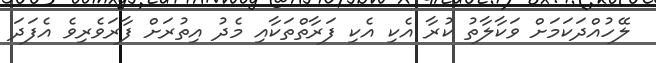
ލޭހުއްދަކަމަށް ވަކާލާތު ކުރާ އެކި އެކި ފަރާތްތަކާއި މެދު އިތުރަށް ފާރަވެރިވެ އެފަދަ